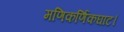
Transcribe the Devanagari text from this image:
मणिकर्णिकघाट।